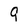
Character: Q